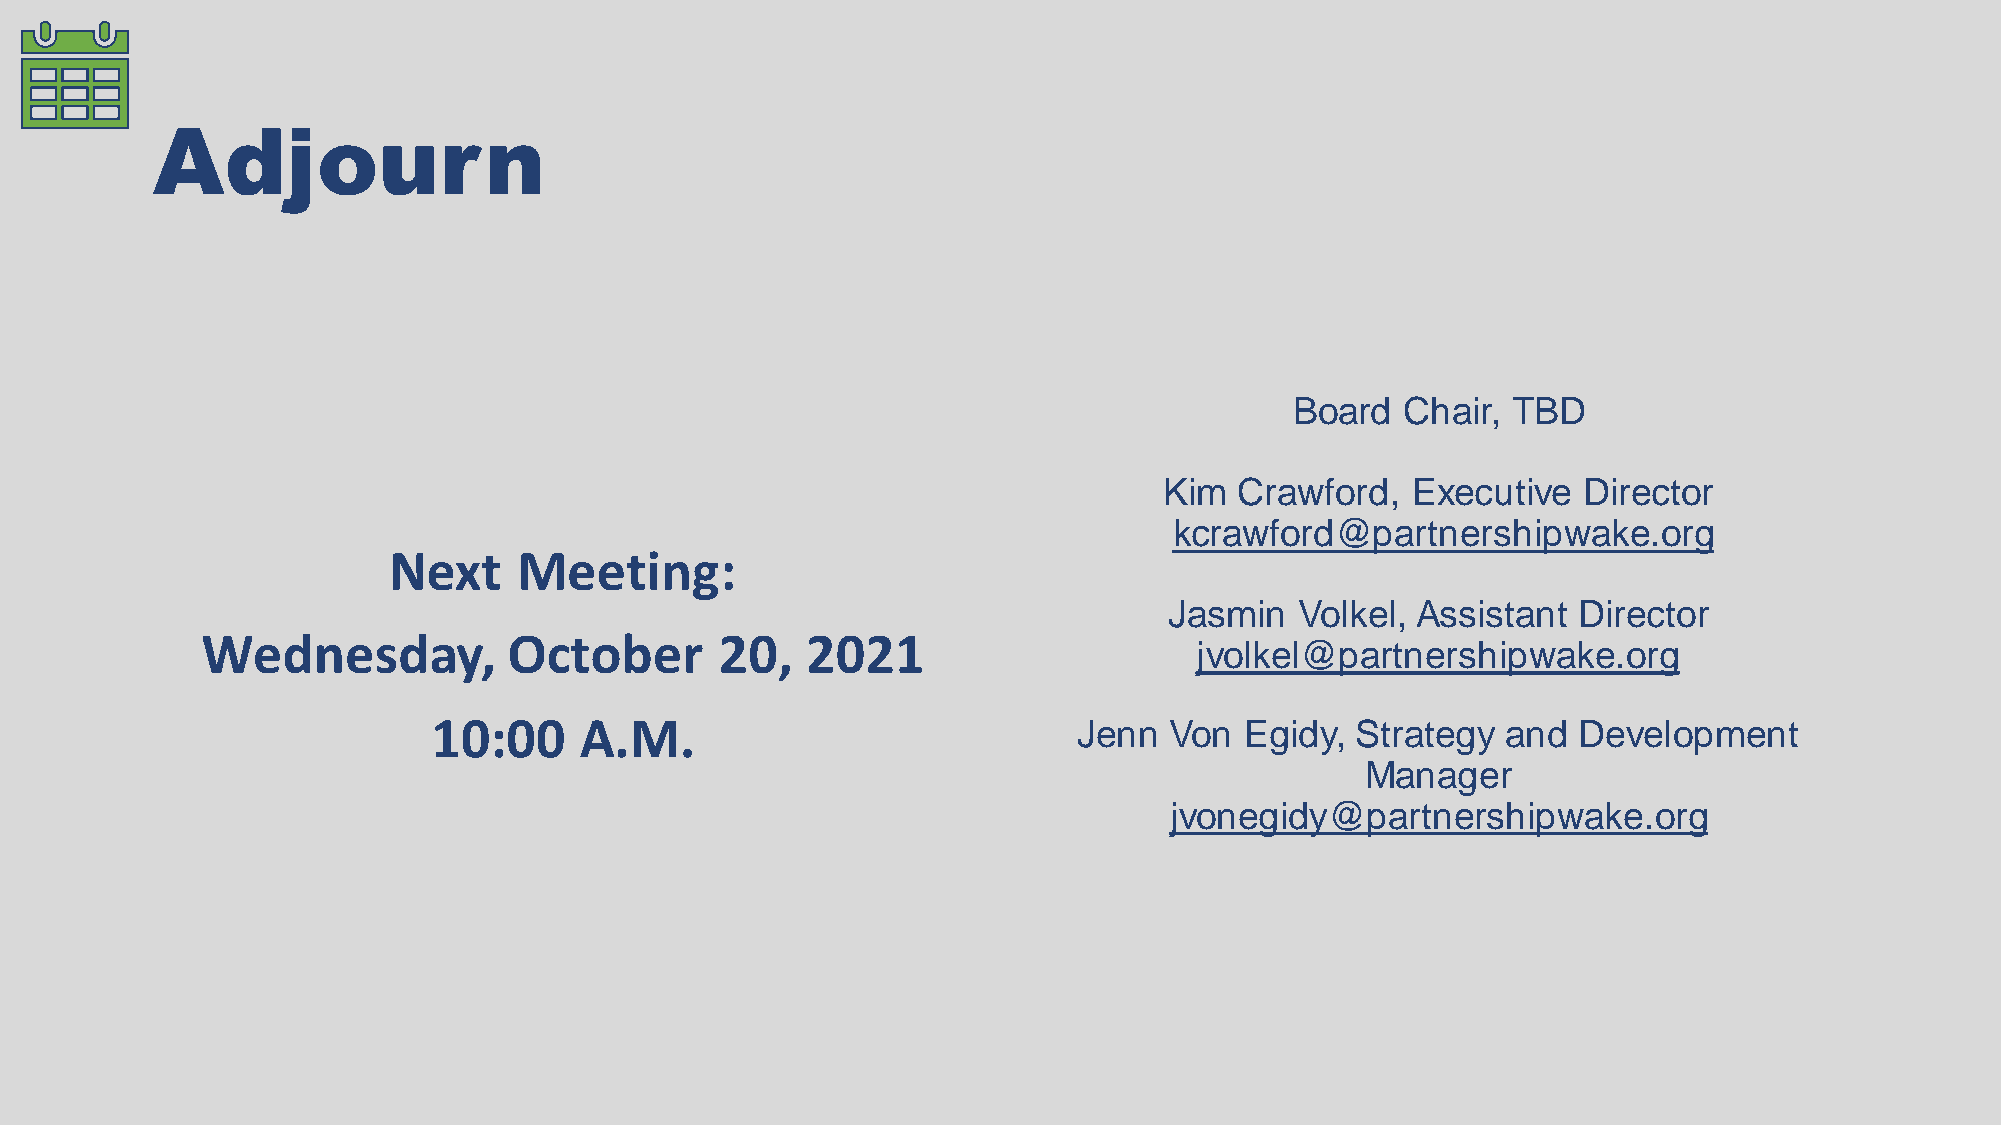
Adjourn
 Board  Chair, TBD
 Kim  Crawford,  Executive   Director
 kcrawford@partnershipwake.org
 Next    Meeting:
 Jasmin   Volkel, Assistant  Director
 Wednesday,           October       20,  2021
 jvolkel@partnershipwake.org
 10:00    A.M.                             Jenn  Von  Egidy,  Strategy  and Development
 Manager
 jvonegidy@partnershipwake.org